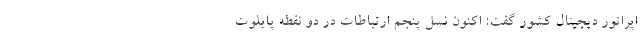
اپراتور دیجیتال کشور گفت: اکنون نسل پنجم ارتباطات در دو نقطه پایلوت